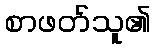
စာဖတ်သူ၏